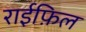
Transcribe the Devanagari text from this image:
राईफ़िल